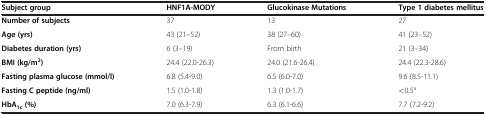
| Subject group | HNF1A-MODY | Glucokinase Mutations | Type 1 diabetes mellitus |
 | --- | --- | --- | --- |
 | Number of subjects | 37 | 13 | 27 |
 | Age (yrs) | 43 (21–52) | 38 (27–60) | 41 (23–52) |
 | Diabetes duration (yrs) | 6 (3–19) | From birth | 21 (3–34) |
 | BMI (kg/m2) | 24.4 (22.0-26.3) | 24.0 (21.6-26.4) | 24.4 (22.3-28.6) |
 | Fasting plasma glucose (mmol/l) | 6.8 (5.4-9.0) | 6.5 (6.0-7.0) | 9.6 (8.5-11.1) |
 | Fasting C peptide (ng/ml) | 1.5 (1.0-1.8) | 1.3 (1.0-1.7) | <0.5a |
 | HbA1c(%) | 7.0 (6.3-7.9) | 6.3 (6.1-6.6) | 7.7 (7.2-9.2) |